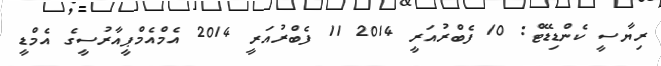
ރިޔާސީ ކެންޑިޑޭޓް: 10 ފެބްރުއަރީ 2014 11 ފެބްރުއަރީ 2014 އެމްއެމްޕީއާރުސީގެ އެމްޑީ